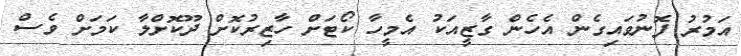
އަމުރު ފޮނުވައިގެން އެހެން ގާޒީއަކު އެމީހާ ކޯޓަށް ހާޒިރުކޮށް ދޫކޮށްލާ ކަމަށް ވެސް